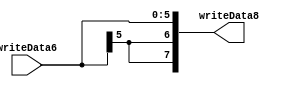
`timescale 1ns / 1ps

module sign_extnd(
input [5:0] writeData6,
output [7:0] writeData8
);
assign writeData8 = {
writeData6[5],
writeData6[5],
writeData6};
endmodule